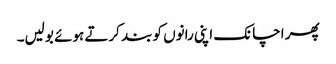
پھر اچانک اپنی رانوں کو بند کرتے ہوئے بولیں۔